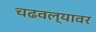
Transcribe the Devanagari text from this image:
चढवल्यावर